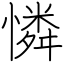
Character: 憐